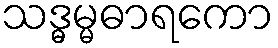
သဒ္ဓမ္မဓာရကော